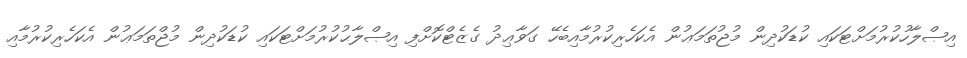
އިޞްލާހުކުރުމަށްޓަކައި ކުޑަކުދިން މުޖުތަމަޢުން އެކަހެރިކުރުމާއިބެހޭ ގަވާޢިދު ގެޒެޓްކޮށްފި އިޞްލާޙުކުރުމަށްޓަކައި ކުޑަކުދިން މުޖްތަމަޢުން އެކަހެރިކުރުމާއި